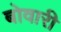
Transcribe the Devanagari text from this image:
बोवारी